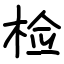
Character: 检